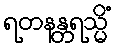
ရတနန္တရသ္မိံ